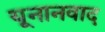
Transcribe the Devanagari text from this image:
यूनानवाद